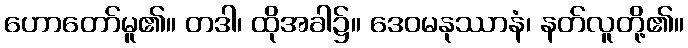
ဟောတော်မူ၏။ တဒါ၊ ထိုအခါ၌။ ဒေဝမနုဿာနံ၊ နတ်လူတို့၏။